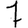
Digit: 7